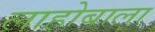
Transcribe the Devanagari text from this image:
लाहोबाला